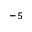
^ { - 5 }